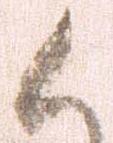
候